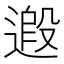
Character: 𨕶